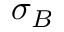
\sigma _ { B }